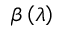
\beta \left( \lambda \right)